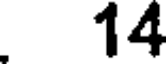
14